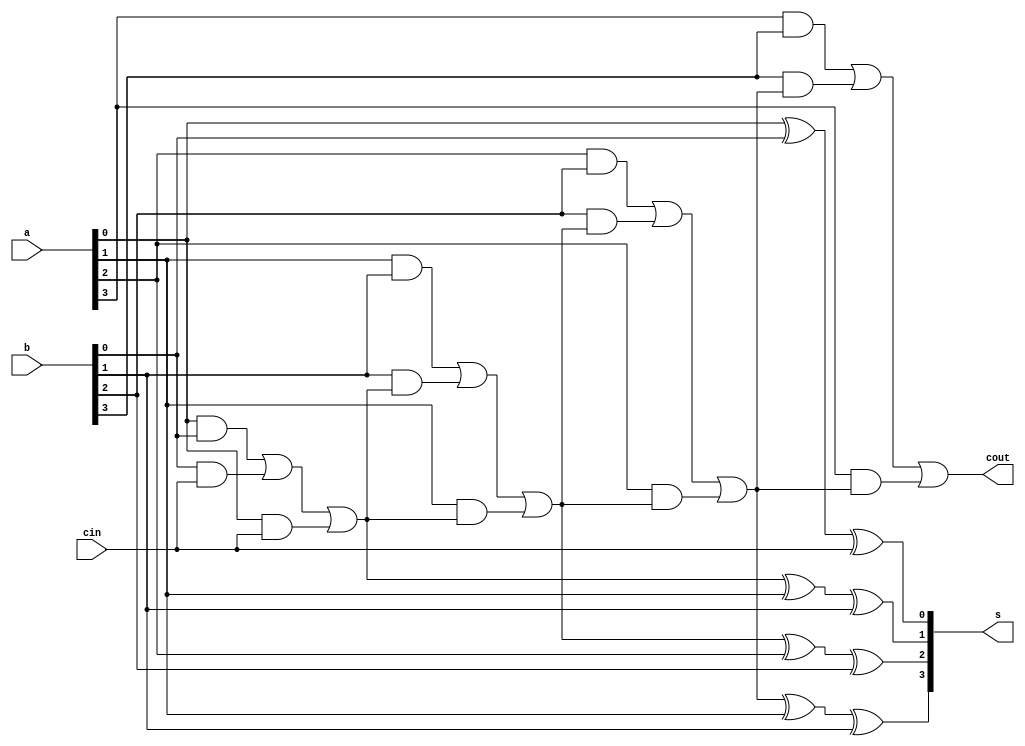

module Four_bitadder(

   input [3:0]a,
   input [3:0]b,
   input cin,
   output [3:0]s,
   output cout
);

wire c[2:0];

assign s[0]=a[0]^b[0]^cin;
assign c[0]=a[0]&b[0] | b[0]&cin | a[0]&cin; 
assign s[1]=c[0]^a[1]^b[1];
assign c[1]=a[1]&b[1] | b[1]&c[0] | a[1]&c[0];
assign s[2]=c[1]^a[2]^b[2];
assign c[2]=a[2]&b[2] | b[2]&c[1] | a[2]&c[1];
assign s[3]=c[2]^a[1]^b[1];
assign cout=a[3]&b[3] | b[3]&c[2] | a[3]&c[2];

endmodule